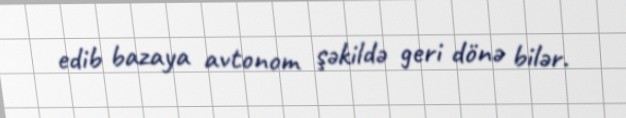
edib bazaya avtonom şəkildə geri dönə bilər.